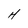
Character: H